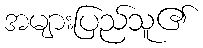
အများပြည်သူ၏